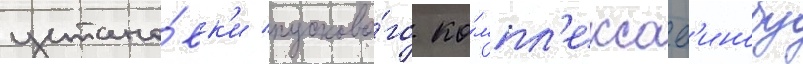
устано́вк'и пусково́го ко́мпл'екса ес'инобу